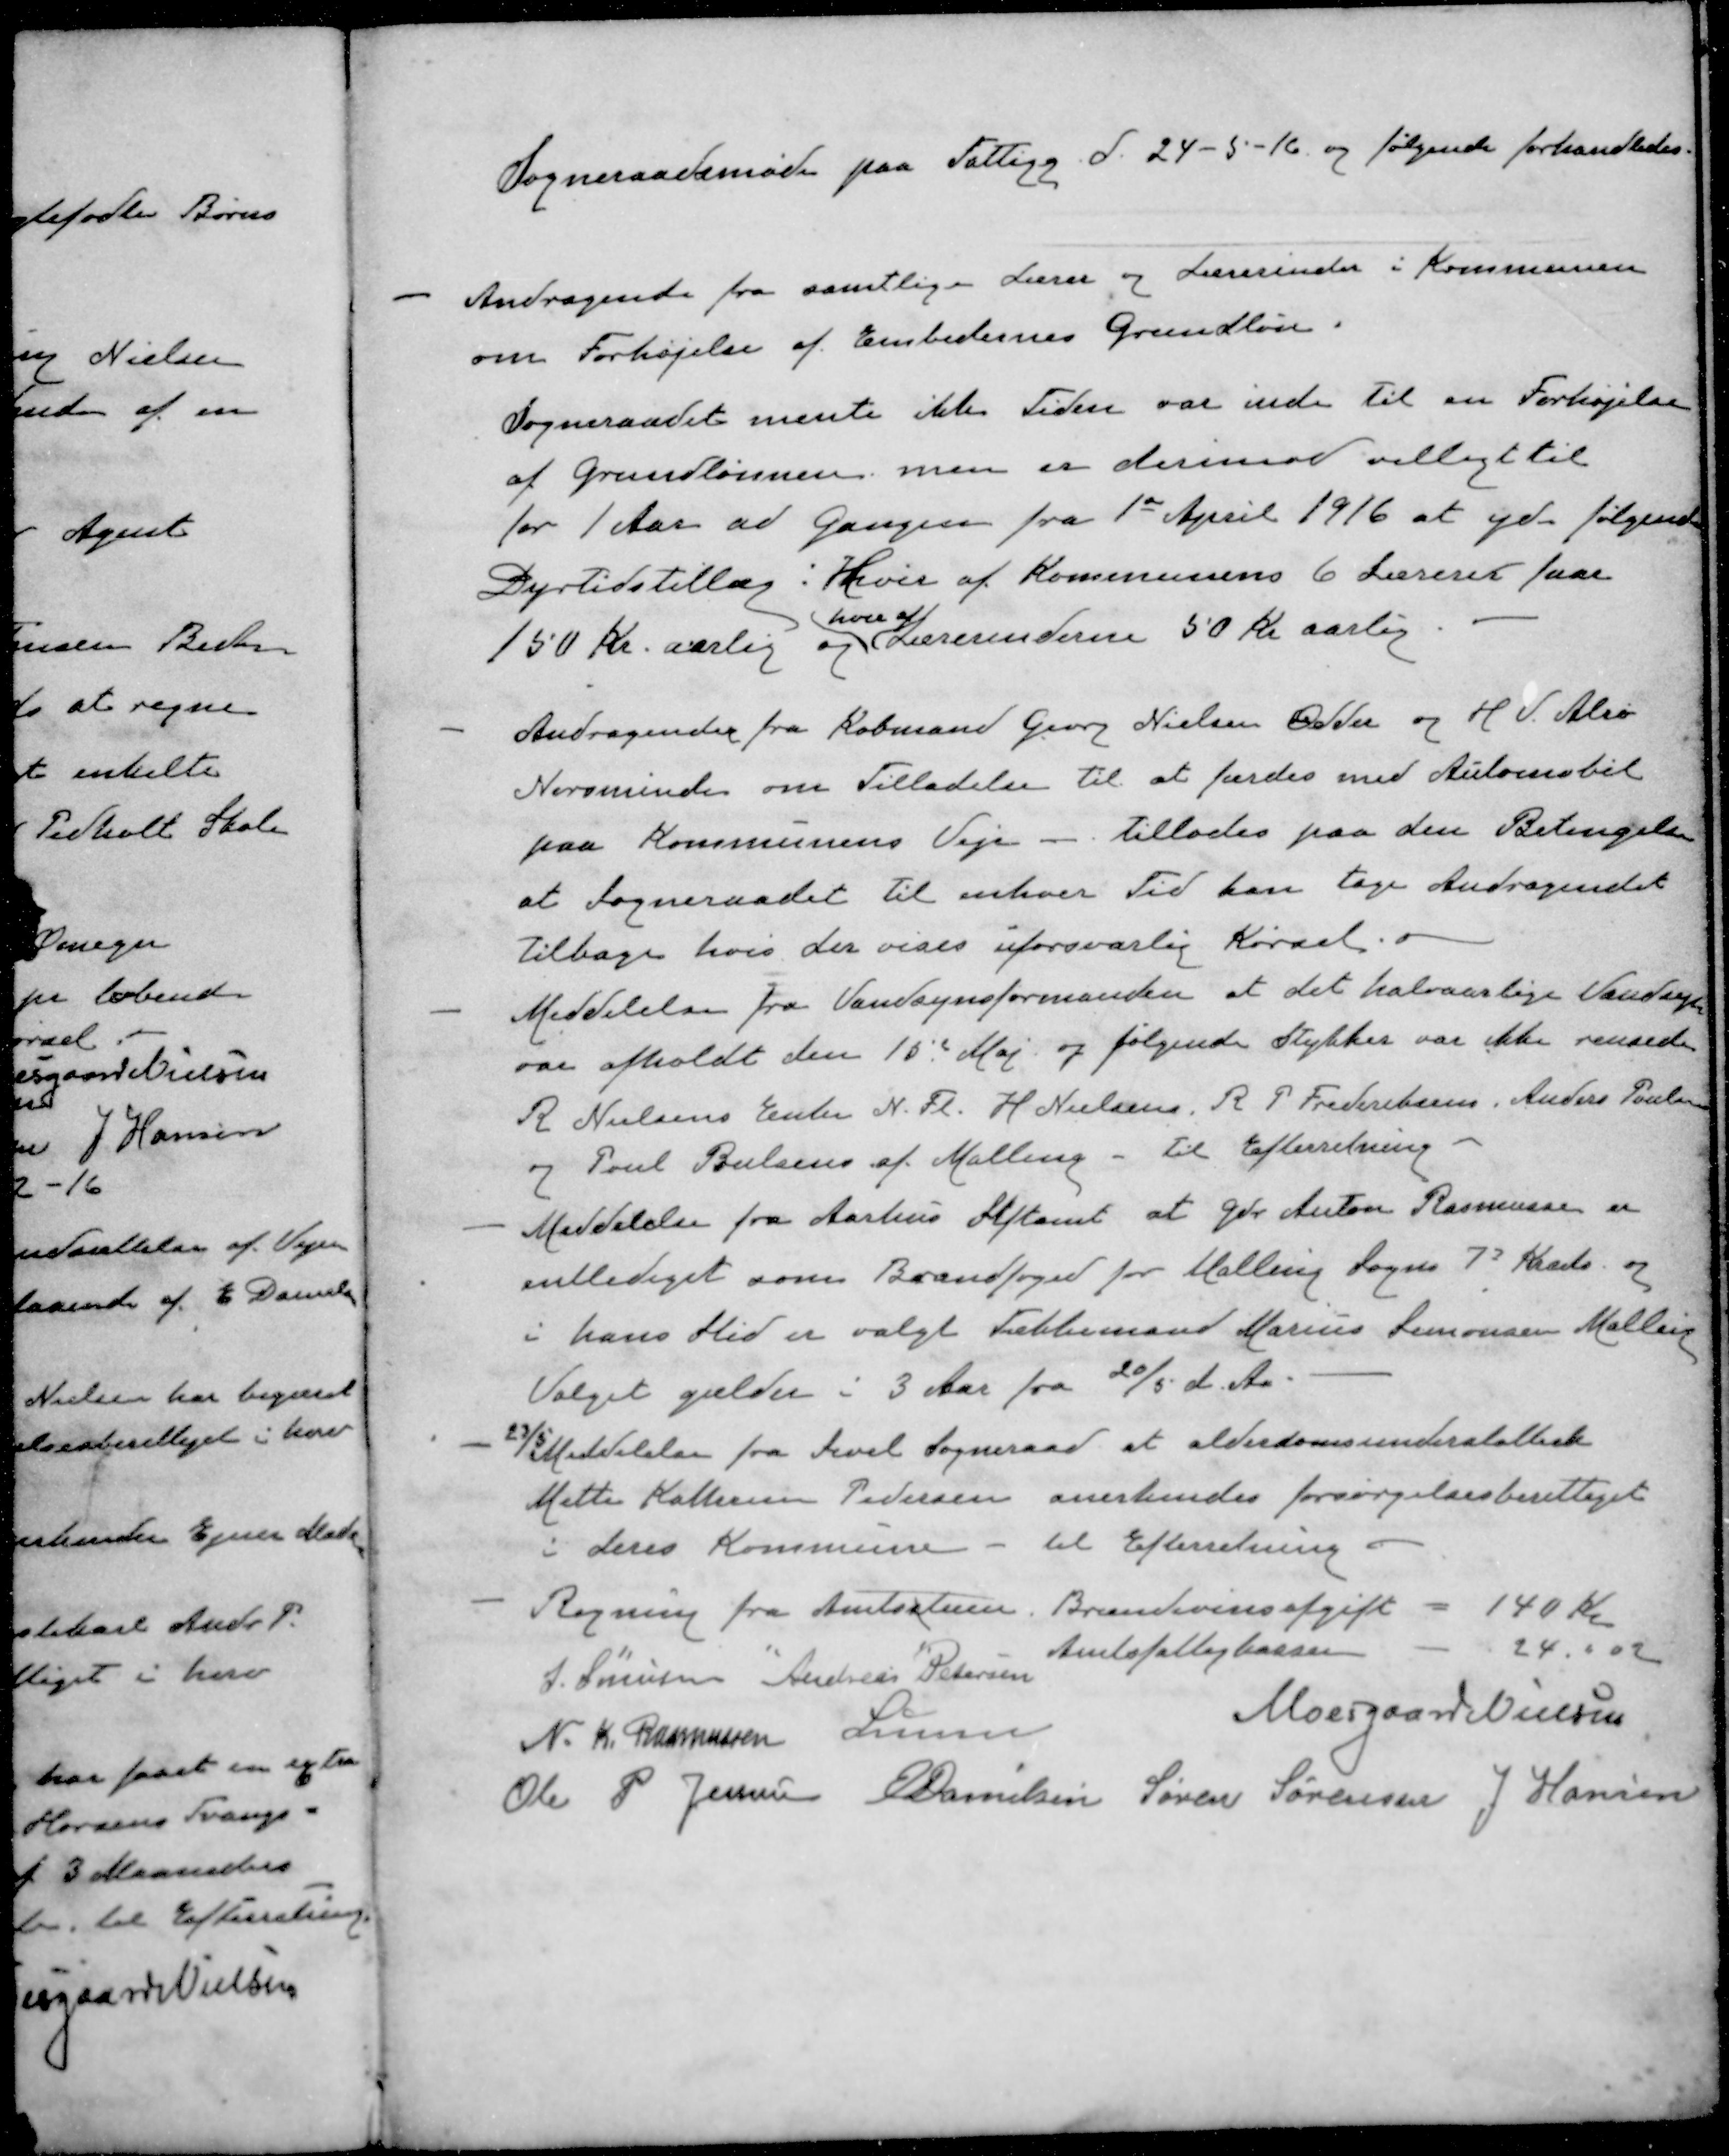
Transskription:
Sogneraadsmøde paa Fattigg d. 24-5-16 og følgende forhandledes
- Andragende fra samtlige Lærer og Lærerinder i Kommunen
om Forhøjelse af Embedernes Grundløn.
Sogneraadet mente ikke Tiden var inde til en Forhøjelse
af Grundlønnen, men er derimod villigt til
for 1 Aar ad Gangen fra 1st April 1916 at yde følgende
Dyrtidstillæg i Hvis af Kommunens 6 Lærerer faar
hver af
150 Kr. aarlig og Lærerinderne 50 Kr aarlig
- Andragende fra Købmand Georg Nielsen Odder og H. V. Alrø
Norsminde om Tilladelse til at færdes med Automobil
paa Kommunens Veje - Tillades paa den Betingelse
at Sogneraadet til enhver Tid han tage Andragendet
tilbage hvis der vises uforsvarlig Kørsel.
- Meddelelse fra Vandsynsformanden at det halvaarlige Vandsyge
var afholdt den 15' Maj og følgende Stykker var ikke rensede
R Nielsens Enkes N. Fl. H. Nielsens R P Frederiksens Anders Poulsen
og Poul Poulsens af Malling - Til Efterretning
- Meddelelse fra Aarhus Stiftamt at Gdr Anton Rasmussen er
entlediget som Brandfoged for Malling Sogns 7' Kreds og
i hans Sted er valgt Tækkemand Marius Simonsen Malling
Valget gælder i 3 Aar fra 20/5 d. Aa.
- Meddelelse fra Sevel Sogneraad at alderdomsunderstøttede
Mette Kathrine Pedersen anerkendes forsørgelsesberettiget
i deres Kommune
til Efterretning
- Regning fra Amtsstuen. Brændevinsafgift
140 Kr
"
"
"
Amtsfattigkassen
24 " 02
J. Sørensen
Andreas Petersen
Moesgaard Nielsen
N. K. Rasmussen
Lunn
Ole P Jensen
E Dannelsen
Søren Sørensen
J Hansen